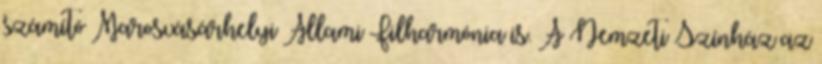
számító Marosvásárhelyi Állami Filharmónia is. A Nemzeti Színház az